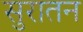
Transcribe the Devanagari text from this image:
सुरातन